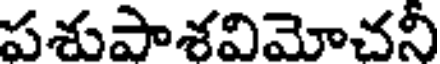
పశుపాశవిమోచనీ